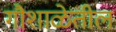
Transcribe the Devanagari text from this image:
गौशाळेतील